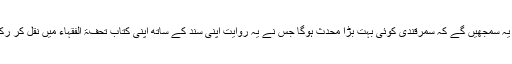
لوگ تو یہ سمجھیں گے کہ سمرقندی کوئی بہت بڑا محدث ہوگا جس نے یہ روایت اپنی سند کے ساتھ اپنی کتاب تحفۃ الفقہاء میں نقل کر رکھی ہے۔